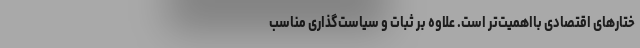
ختارهای اقتصادی بااهمیت‌تر است. علاوه بر ثبات و سیاست‌گذاری مناسب